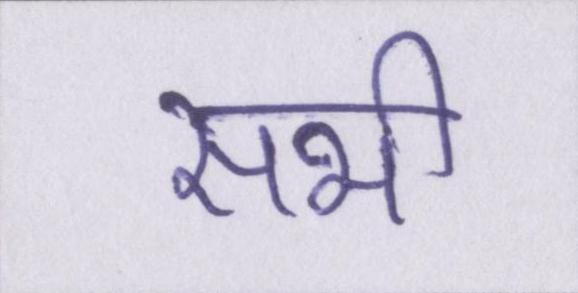
सभी